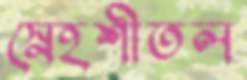
স্নেহশীতল